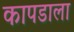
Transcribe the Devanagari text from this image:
कापडाला